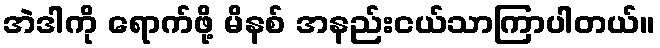
အဲဒါကို ရောက်ဖို့ မိနစ် အနည်းငယ်သာကြာပါတယ်။